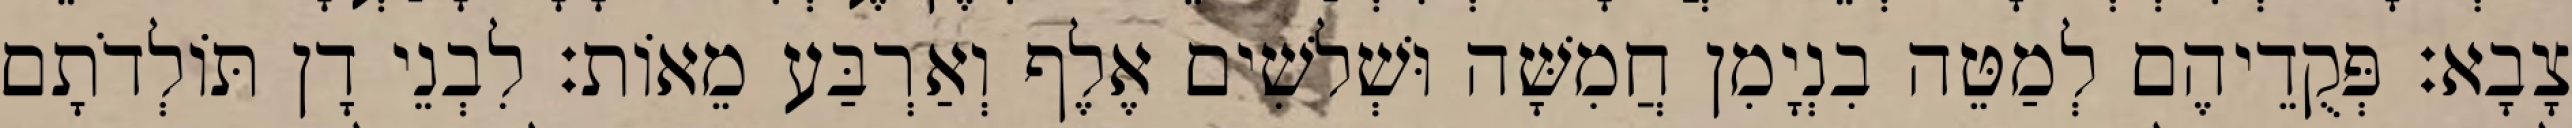
צָבָא׃ פְּקֻדֵיהֶם לְמַטֵּה בִנְיָמִן חֲמִשָּׁה וּשְׁלשִׁים אֶלֶף וְאַרְבַּע מֵאוֹת׃ לִבְנֵי דָן תּוֹלְדֹתָם